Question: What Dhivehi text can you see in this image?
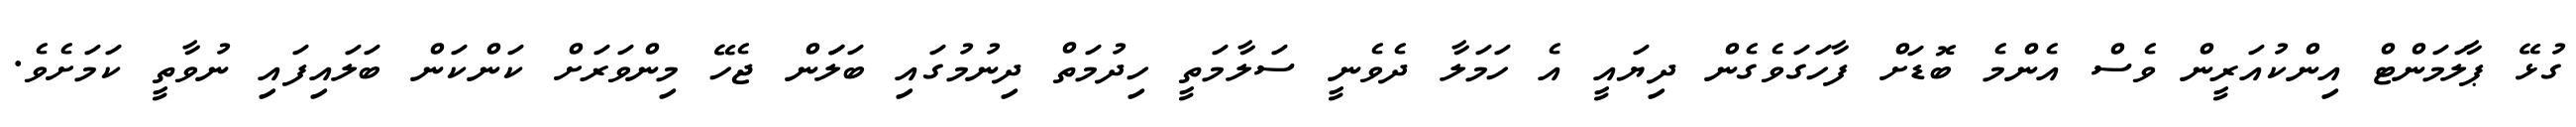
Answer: ގުޅޭ ޕާލަމަންޓް އިންކުއަރީން ވެސް އެންމެ ބޮޑަށް ފާހަގަވެގެން ދިޔައީ އެ ހަމަލާ ދެވެނީ ސަލާމަތީ ހިދުމަތް ދިނުމުގައި ބަލަަން ޖެހޭ މިންވަރަށް ކަންކަން ބަލައިފައި ނުވާތީ ކަމަށެވެ.